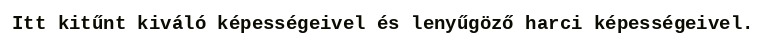
Itt kitűnt kiváló képességeivel és lenyűgöző harci képességeivel.